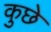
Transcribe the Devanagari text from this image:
कुछे